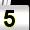
Digit: 5